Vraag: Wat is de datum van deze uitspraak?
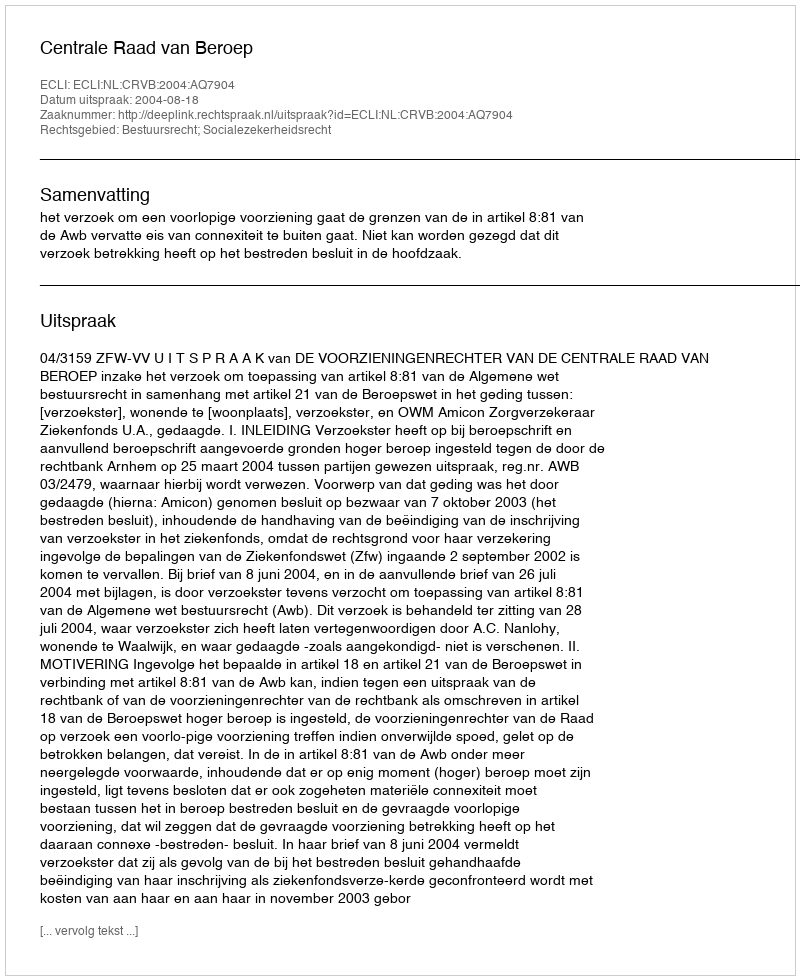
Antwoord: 2004-08-18